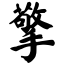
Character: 擎